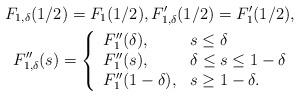
LaTeX: \begin{align*}F_{1,\delta}(1/2) = F_1(1/2), F_{1,\delta}^\prime (1/2) = F^\prime_1(1/2), \\F_{1,\delta}^{\prime\prime}(s) = \left\{\begin{array}{ll}F_1^{\prime\prime}(\delta), & s\leq \delta\\F_1^{\prime\prime}(s), & \delta \leq s \leq 1-\delta \\F_1^{\prime\prime}(1-\delta), & s \geq 1- \delta.\end{array}\right.\end{align*}